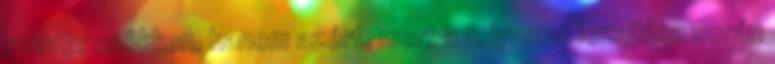
szintje csökken, hanem azért, mert a folyamat lezajlása során